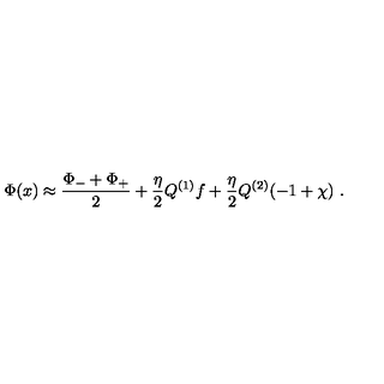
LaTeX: \Phi ( x ) \approx { \frac { \Phi _ { - } + \Phi _ { + } } { 2 } } + { \frac { \eta } { 2 } } Q ^ { ( 1 ) } f + { \frac { \eta } { 2 } } Q ^ { ( 2 ) } ( - 1 + \chi ) \ .